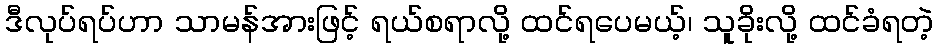
ဒီလုပ်ရပ်ဟာ သာမန်အားဖြင့် ရယ်စရာလို့ ထင်ရပေမယ့်၊ သူခိုးလို့ ထင်ခံရတဲ့